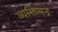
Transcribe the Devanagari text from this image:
व्यक्तिमन